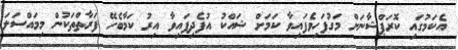
އެކަމުގައި ކޮރަޕްޝާނަށް މަގުފަހިވެފައިވާ ކަމަށް ޝައްކު އުފެދިފައިވާ އިރު ކަމާބެހޭ ފަރާތްތަކުން މިމައްސަލަ